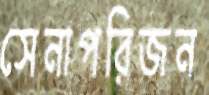
সেনাপরিজন